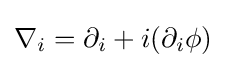
\nabla _{i}=\partial _{i}+i(\partial _{i}\phi )